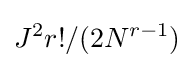
J^{2}r!/(2N^{r-1})